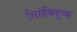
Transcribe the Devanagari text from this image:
शिरोबिंदुंच्या